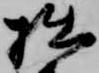
拙